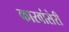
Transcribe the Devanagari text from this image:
कारवांसेरी